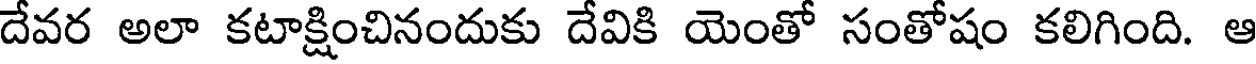
దేవర అలా కటాక్షించినందుకు దేవికి యెంతో సంతోషం కలిగింది. ఆ